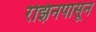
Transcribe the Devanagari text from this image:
रेझिनपासून